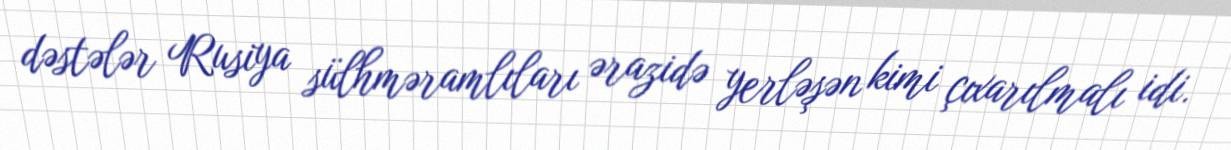
dəstələr Rusiya sülhməramlıları ərazidə yerləşən kimi çıxarılmalı idi.